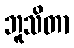
ဘူသိတာ